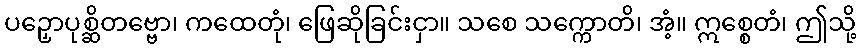
ပဉှောပုစ္ဆိတဗ္ဗော၊ ကထေတုံ၊ ဖြေဆိုခြင်းငှာ။ သစေ သက္ကောတိ၊ အံ့။ ဣစ္စေတံ၊ ဤသို့